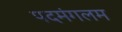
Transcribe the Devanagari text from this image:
पदमंगलम